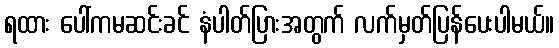
ရထား ပေါ်ကမဆင်းခင် နံပါတ်ပြားအတွက် လက်မှတ်ပြန်ပေးပါမယ်။